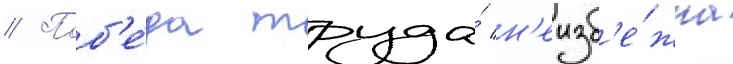
// Поб'е́да труда́ н'еизб'е́жна